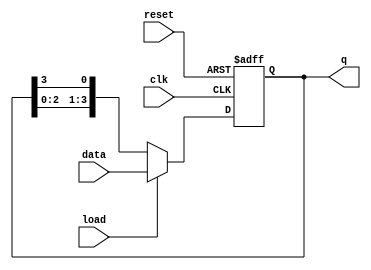
module LoadableRingCounter (
    input wire clk,          // Clock input
    input wire reset,        // Asynchronous reset input
    input wire load,         // Load input
    input wire [N-1:0] data, // Parallel input for loading
    output reg [N-1:0] q     // Output state of the counter
);
    parameter N = 4; // Number of bits (flip-flops) in the counter

    always @(posedge clk or posedge reset) begin
        if (reset) begin
            // Initialize the counter to all zeros on reset
            q <= {N{1'b0}};
        end else if (load) begin
            // Load the specified value into the counter
            q <= data;
        end else begin
            // Shift the counter in ring mode
            q <= {q[N-2:0], q[N-1]}; // Shift left and wrap around
        end
    end
endmodule